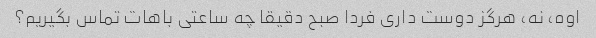
اوه، نه، هرگز دوست داری فردا صبح دقیقا چه ساعتی باهات تماس بگیریم؟